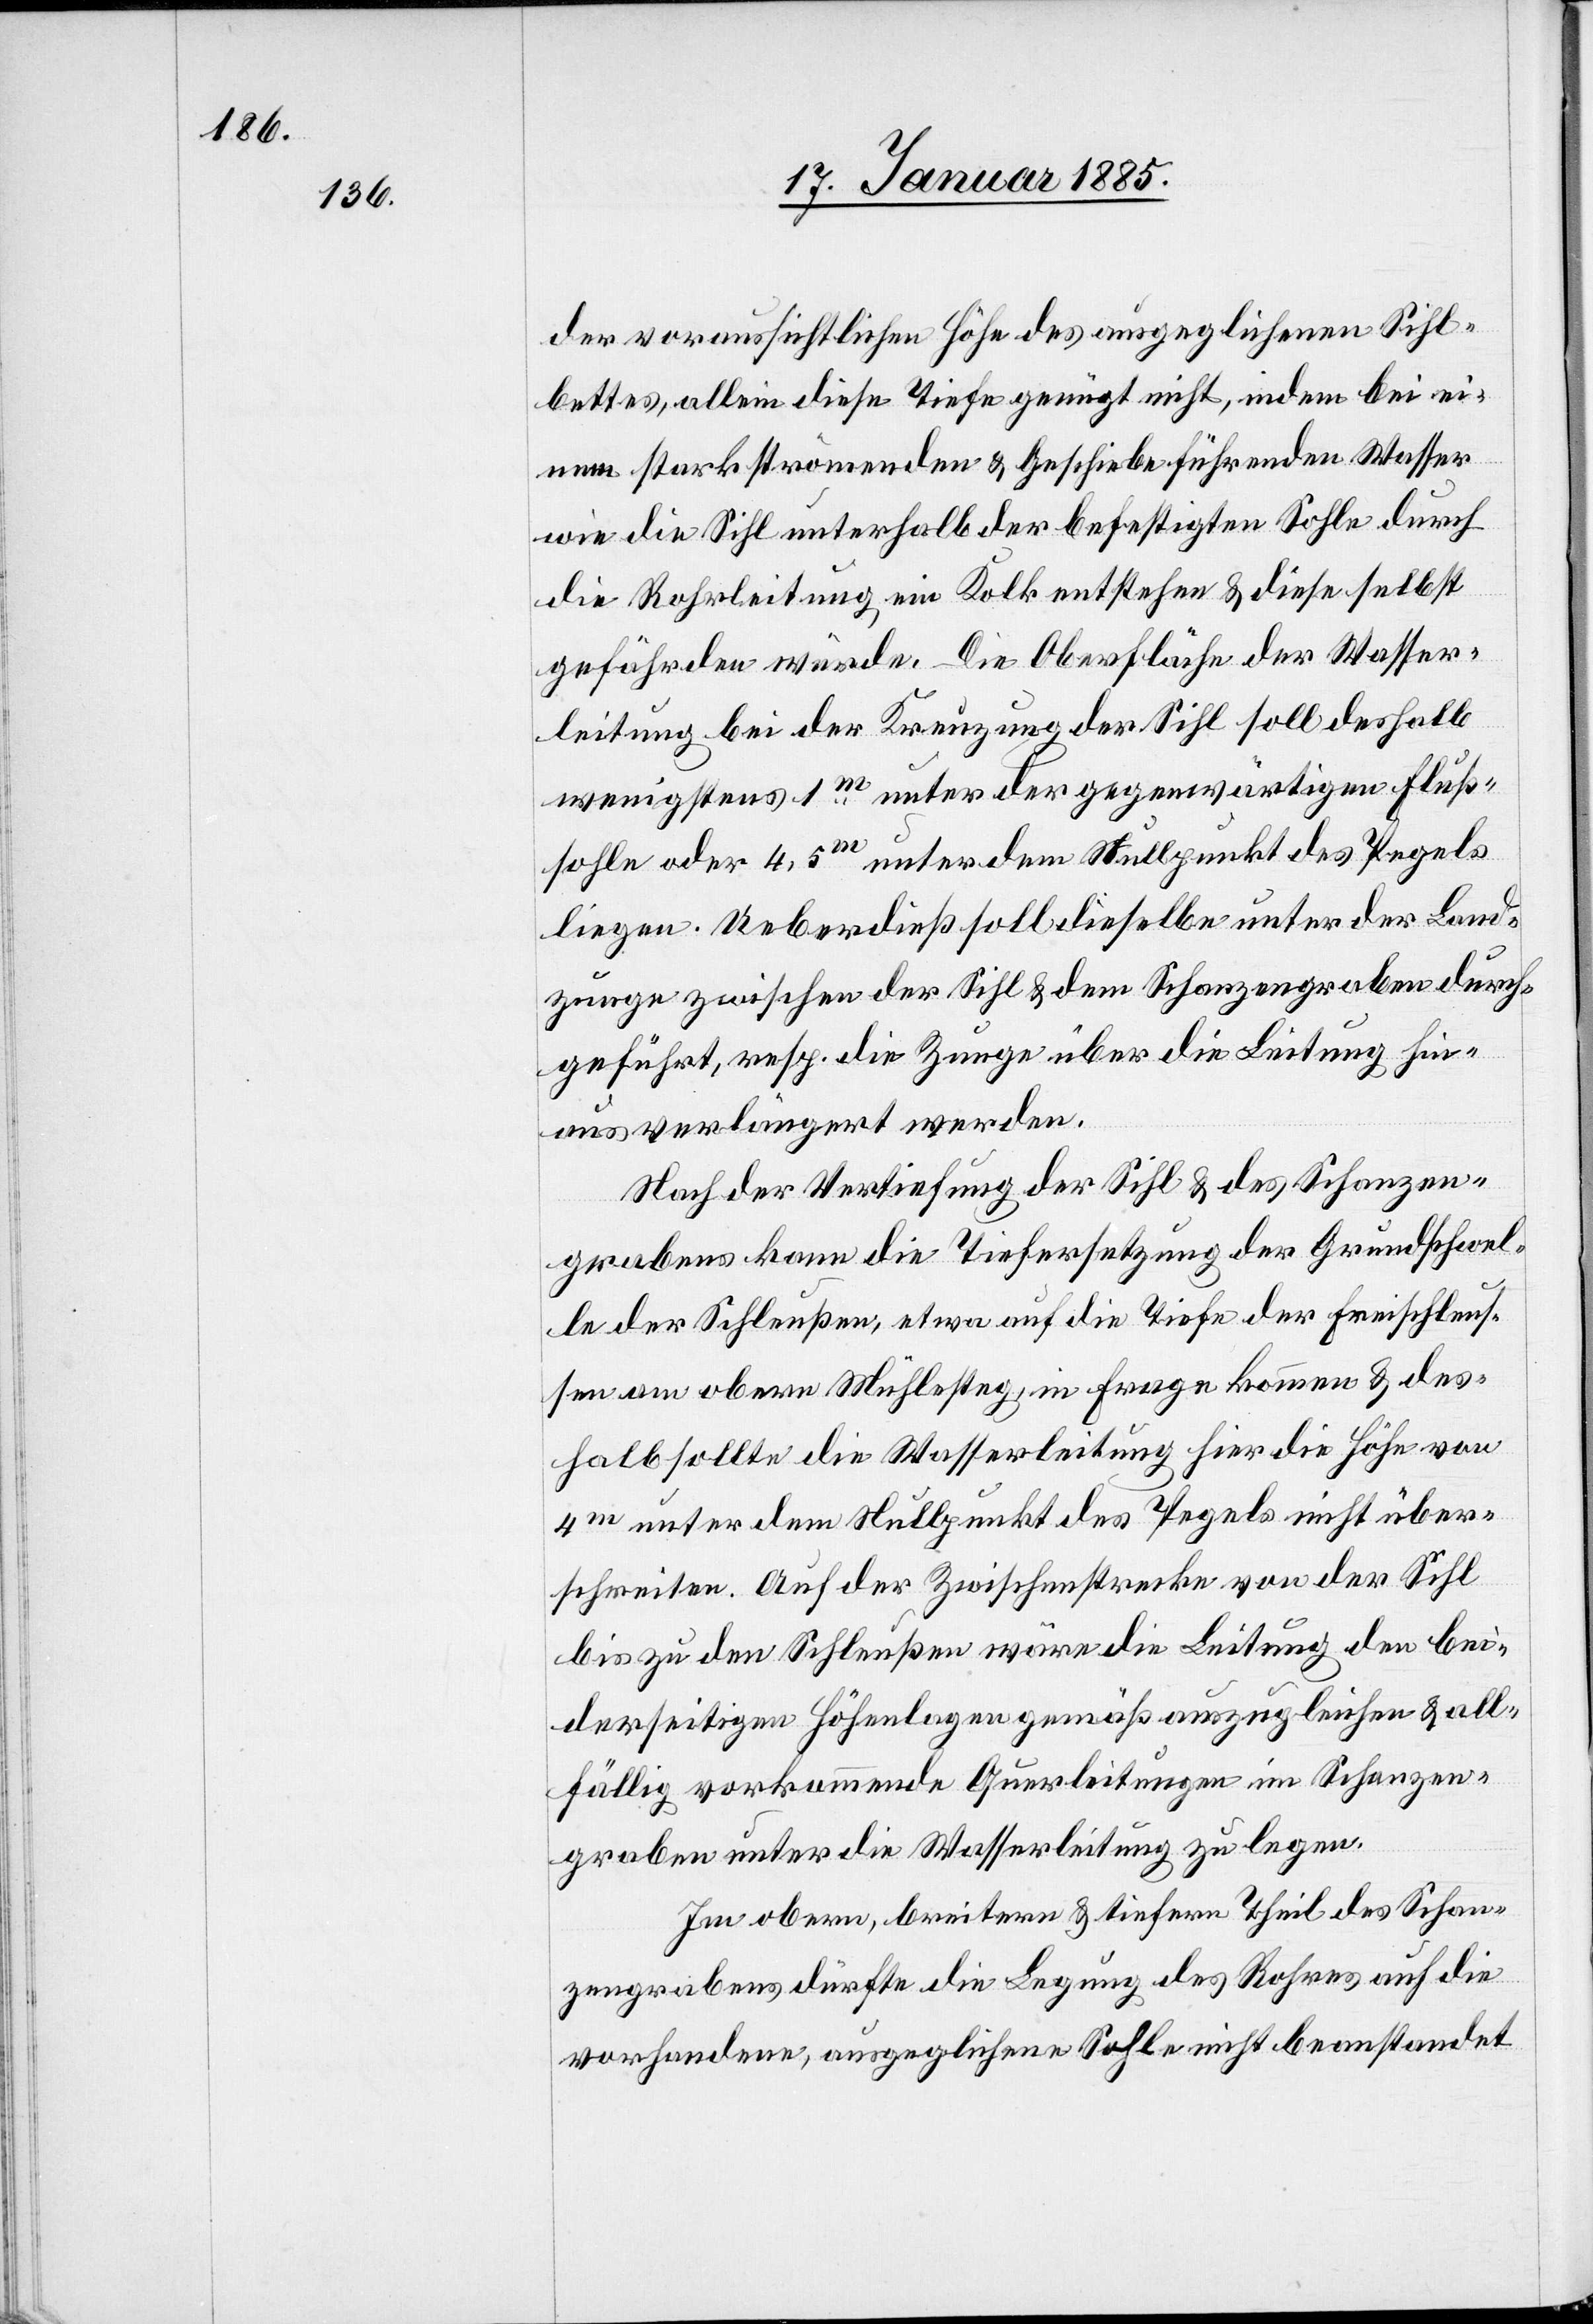
der voraussichtlichen Höhe des ausgeglichenen Sihl¬
bettes, allein diese Tiefe genügt nicht, indem bei ei¬
nem stark strömenden & Geschiebe führenden Wasser
wie die Sihl unterhalb der befestigten Sohle durch
die Rohrleitung ein Kolk entstehen & diese selbst
gefährden würde. Die Oberfläche der Wasser¬
leitung bei der Kreuzung der Sihl soll deshalb
wenigstens 1m unter der gegenwärtigen Fluß¬
sohle oder 4,5m unter dem Nullpunkt des Pegels
liegen. Ueberdieß soll dieselbe unter der Land¬
zunge zwischen der Sihl & dem Schanzengraben durch¬
geführt, resp. die Zunge über die Leitung hin¬
aus verlängert werden.
Nach der Vertiefung der Sihl & des Schanzen¬
grabens kann die Tiefersetzung der Grundschwel¬
le der Schleußen, etwa auf die Tiefe der Freischleuß¬
en am obern Mühlesteg, in Frage kommen & des¬
halb sollte die Wasserleitung hier die Höhe von
4m unter dem Nullpunkt des Pegels nicht über¬
schreiben. Auf der Zwischenstrecke von der Sihl
bis zu den Schleußen wäre die Leitung den bei¬
derseitigen Höhenlagen gemäß auszugleichen & all¬
fällig vorkommende Querleitungen im Schanzen¬
graben unter die Wasserleitung zu legen.
Im obern, breitern & tiefern Theil des Schan¬
zengrabens dürfte die Legung des Rohres auf die
vorhandene, ausgeglichene Sohle nicht beanstandet